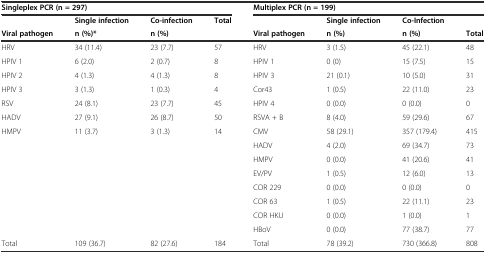
<table><thead><tr><td colspan="4"><b>Singleplex PCR (n = 297)</b></td><td colspan="4"><b>Multiplex PCR (n = 199)</b></td></tr><tr><td></td><td><b>Single infection</b></td><td><b>Co-infection</b></td><td rowspan="2"><b>Total</b></td><td></td><td><b>Single infection</b></td><td><b>Co-Infection</b></td><td></td></tr><tr><td><b>Viral pathogen</b></td><td><b>n (%)*</b></td><td><b>n (%)</b></td><td><b>Viral pathogen</b></td><td><b>n (%)</b></td><td><b>n (%)</b></td><td><b>Total</b></td></tr></thead><tbody><tr><td>HRV</td><td>34 (11.4)</td><td>23 (7.7)</td><td>57</td><td>HRV</td><td>3 (1.5)</td><td>45 (22.1)</td><td>48</td></tr><tr><td>HPIV 1</td><td>6 (2.0)</td><td>2 (0.7)</td><td>8</td><td>HPIV 1</td><td>0 (0)</td><td>15 (7.5)</td><td>15</td></tr><tr><td>HPIV 2</td><td>4 (1.3)</td><td>4 (1.3)</td><td>8</td><td>HPIV 3</td><td>21 (0.1)</td><td>10 (5.0)</td><td>31</td></tr><tr><td>HPIV 3</td><td>3 (1.3)</td><td>1 (0.3)</td><td>4</td><td>Cor43</td><td>1 (0.5)</td><td>22 (11.0)</td><td>23</td></tr><tr><td>RSV</td><td>24 (8.1)</td><td>23 (7.7)</td><td>45</td><td>HPIV 4</td><td>0 (0.0)</td><td>0 (0.0)</td><td>0</td></tr><tr><td>HADV</td><td>27 (9.1)</td><td>26 (8.7)</td><td>50</td><td>RSVA + B</td><td>8 (4.0)</td><td>59 (29.6)</td><td>67</td></tr><tr><td>HMPV</td><td>11 (3.7)</td><td>3 (1.3)</td><td>14</td><td>CMV</td><td>58 (29.1)</td><td>357 (179.4)</td><td>415</td></tr><tr><td rowspan="2"></td><td rowspan="2"></td><td rowspan="2"></td><td rowspan="2"></td><td>HADV</td><td>4 (2.0)</td><td>69 (34.7)</td><td>73</td></tr><tr><td>HMPV</td><td>0 (0.0)</td><td>41 (20.6)</td><td>41</td></tr><tr><td></td><td></td><td></td><td></td><td>EV/PV</td><td>1 (0.5)</td><td>12 (6.0)</td><td>13</td></tr><tr><td></td><td></td><td></td><td></td><td>COR 229</td><td>0 (0.0)</td><td>0 (0.0)</td><td>0</td></tr><tr><td></td><td></td><td></td><td></td><td>COR 63</td><td>1 (0.5)</td><td>22 (11.1)</td><td>23</td></tr><tr><td></td><td></td><td></td><td></td><td>COR HKU</td><td>0 (0.0)</td><td>1 (0.0)</td><td>1</td></tr><tr><td></td><td></td><td></td><td></td><td>HBoV</td><td>0 (0.0)</td><td>77 (38.7)</td><td>77</td></tr><tr><td>Total</td><td>109 (36.7)</td><td>82 (27.6)</td><td>184</td><td>Total</td><td>78 (39.2)</td><td>730 (366.8)</td><td>808</td></tr></tbody></table>